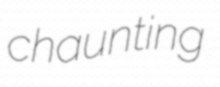
chaunting